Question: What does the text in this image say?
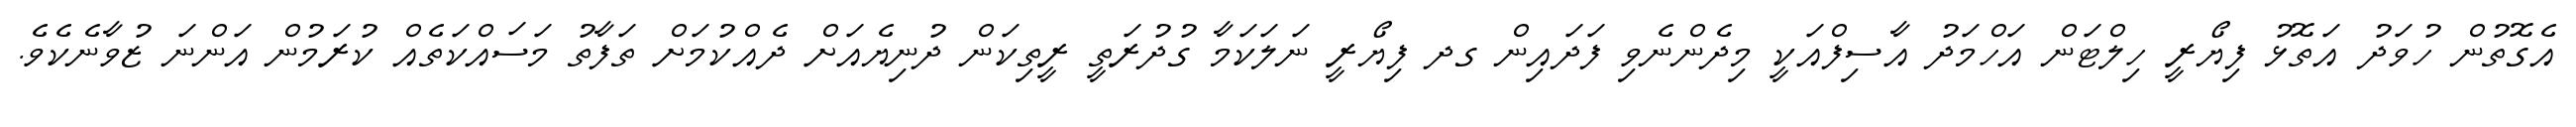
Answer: އެގޮތުން ހުވަދު އަތޮޅު ފިޔޯރީ ހިލްޓަން އަހްމަދު އާސިފްއަކީ މިދެންނެވި ފަދައިން ގދ ފިޔޯރީ ނަލަކަމާ ގުދުރަތީ ރީތިކަން ދުނިޔެއަށް ދެއްކުމަށް ތަފާތު މަސައްކަތެއް ކުރަމުން އަންނަ ޒުވާނެކެވެ.